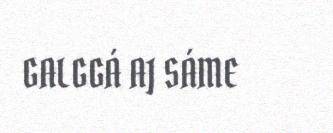
GALGGÁ AJ SÁME